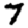
Digit: 7